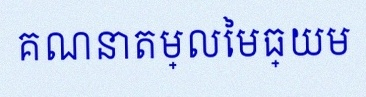
គណនាតម្លៃមធ្យម